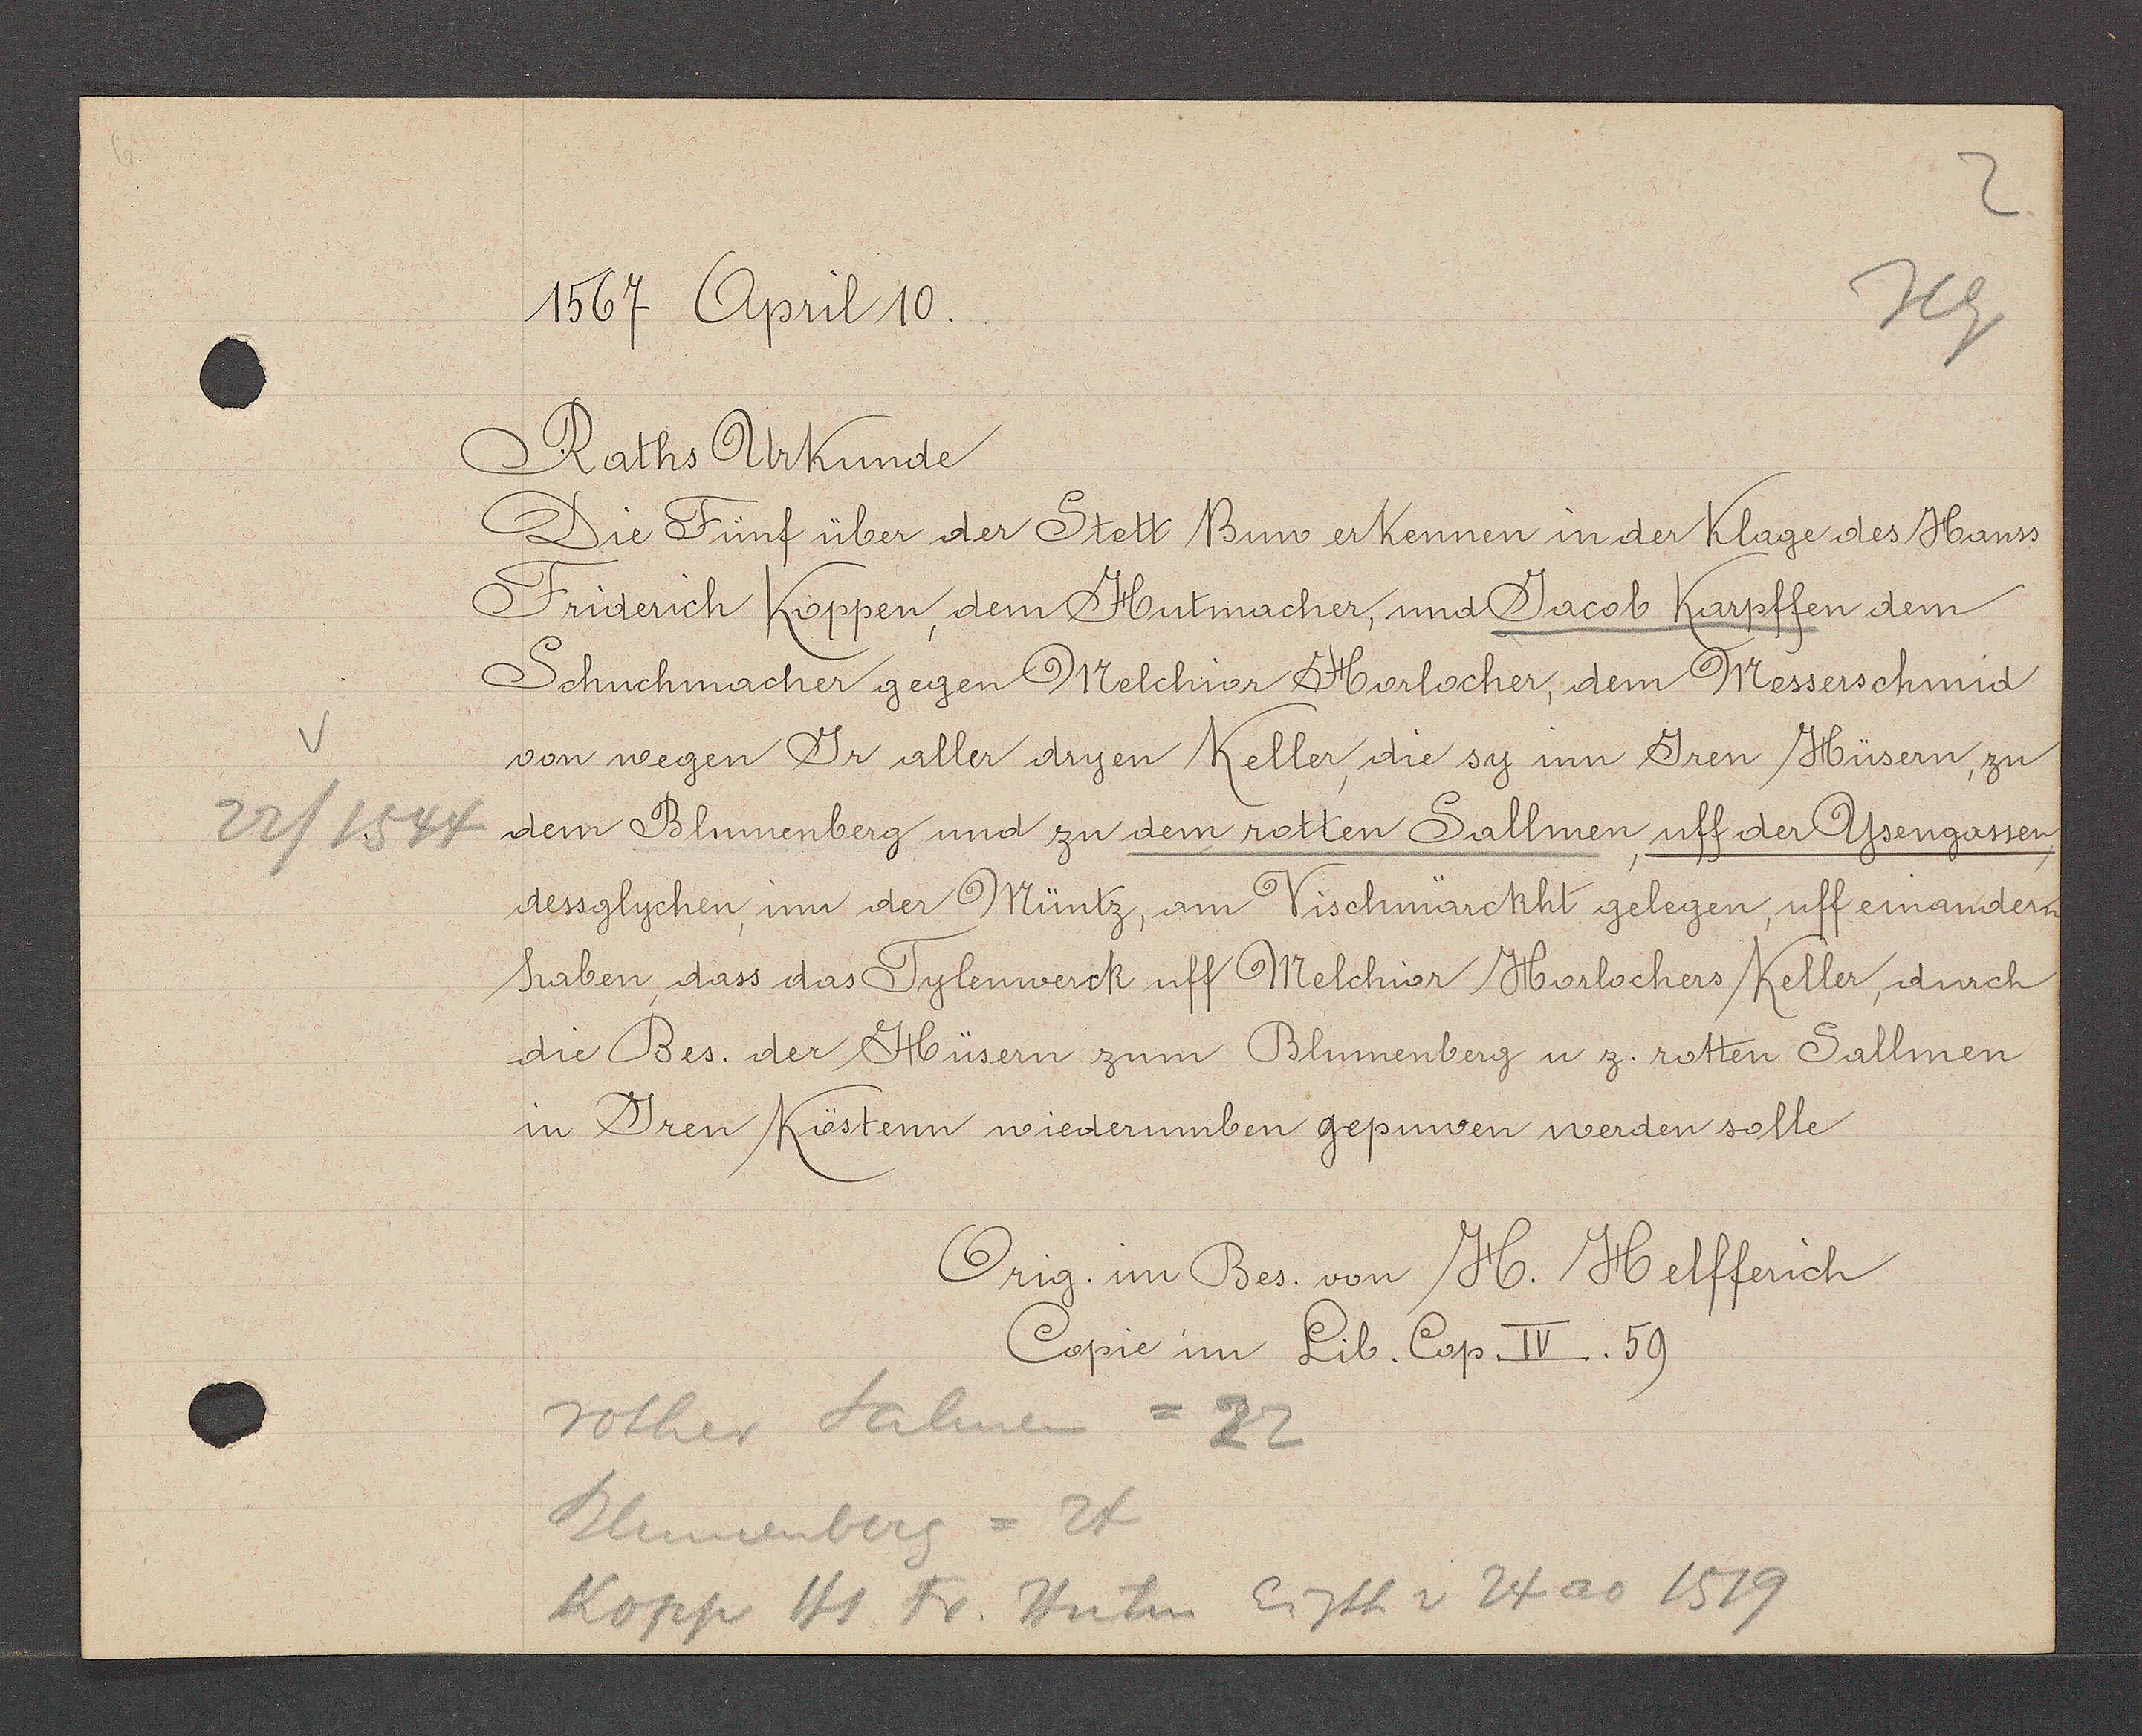
Transcript:
22/ 1544

1567 April 10.
Raths Urkunde
Die Fünf über der Stett Buw erkennen in der Klage des Hanss
Friderich Koppen, dem Hutmacher, und Jacob Karpffen dem
Schuchmacher gegen Melchior Horlocher, dem Messerschmid
von wegen Jr aller dryen Keller die sy inn Jren Hüsern, zu
dem Blumenberg und zu dem rotten Sallmen, uff der Yßengassen,
dessglychen, inn der Müntz, am Vischmärckht gelegen, uff einandern
haben, dass das Tylenwerck uff Melchior Horlochers Keller, durch
die Bes. der Hüsern zum Blumenberg u z. rotten Sallmen
in Jren Kästenn wiederumben gepunen werden solle
Orig. im Bes. von H. Helfferich
Copie im Lib. Cop. IV. 59
rother Salmen = 22
Klimenberg = 24
Kopp Hs Fr. Hutm Eigth v 24 ao 1519